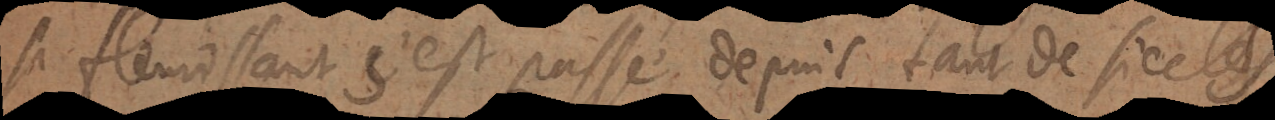
si fleurissant s’est passé depuis tant de siec